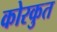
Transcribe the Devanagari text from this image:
कोरकुत